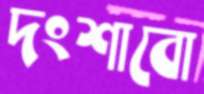
দংশাবো